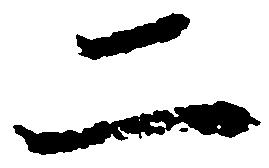
二